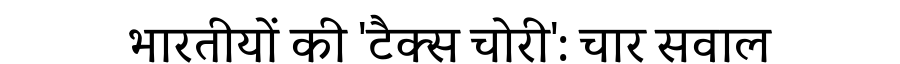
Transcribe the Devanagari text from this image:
भारतीयों की 'टैक्स चोरी': चार सवाल